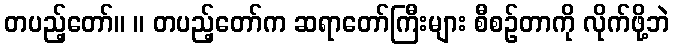
တပည့်တော်။ ။ တပည့်တော်က ဆရာတော်ကြီးများ စီစဉ်တာကို လိုက်ဖို့ဘဲ